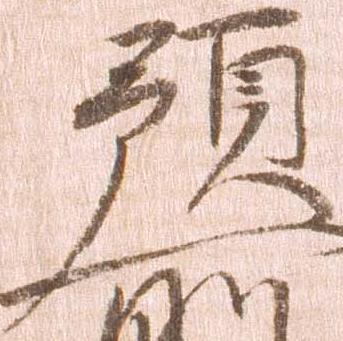
預